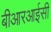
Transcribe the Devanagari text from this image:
बीआरआईसी